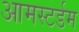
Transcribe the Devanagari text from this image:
आमस्टर्डम